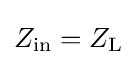
Z_{\mathrm {in} }=Z_{\mathrm {L} }